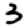
Digit: 3